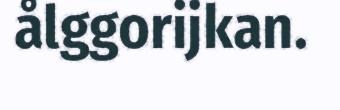
ålggorijkan.